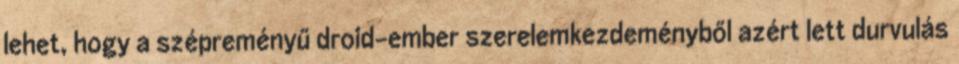
lehet, hogy a szépreményű droid-ember szerelemkezdeményből azért lett durvulás